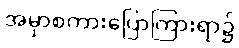
အမှာစကားပြောကြားရာ၌